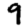
Digit: 9